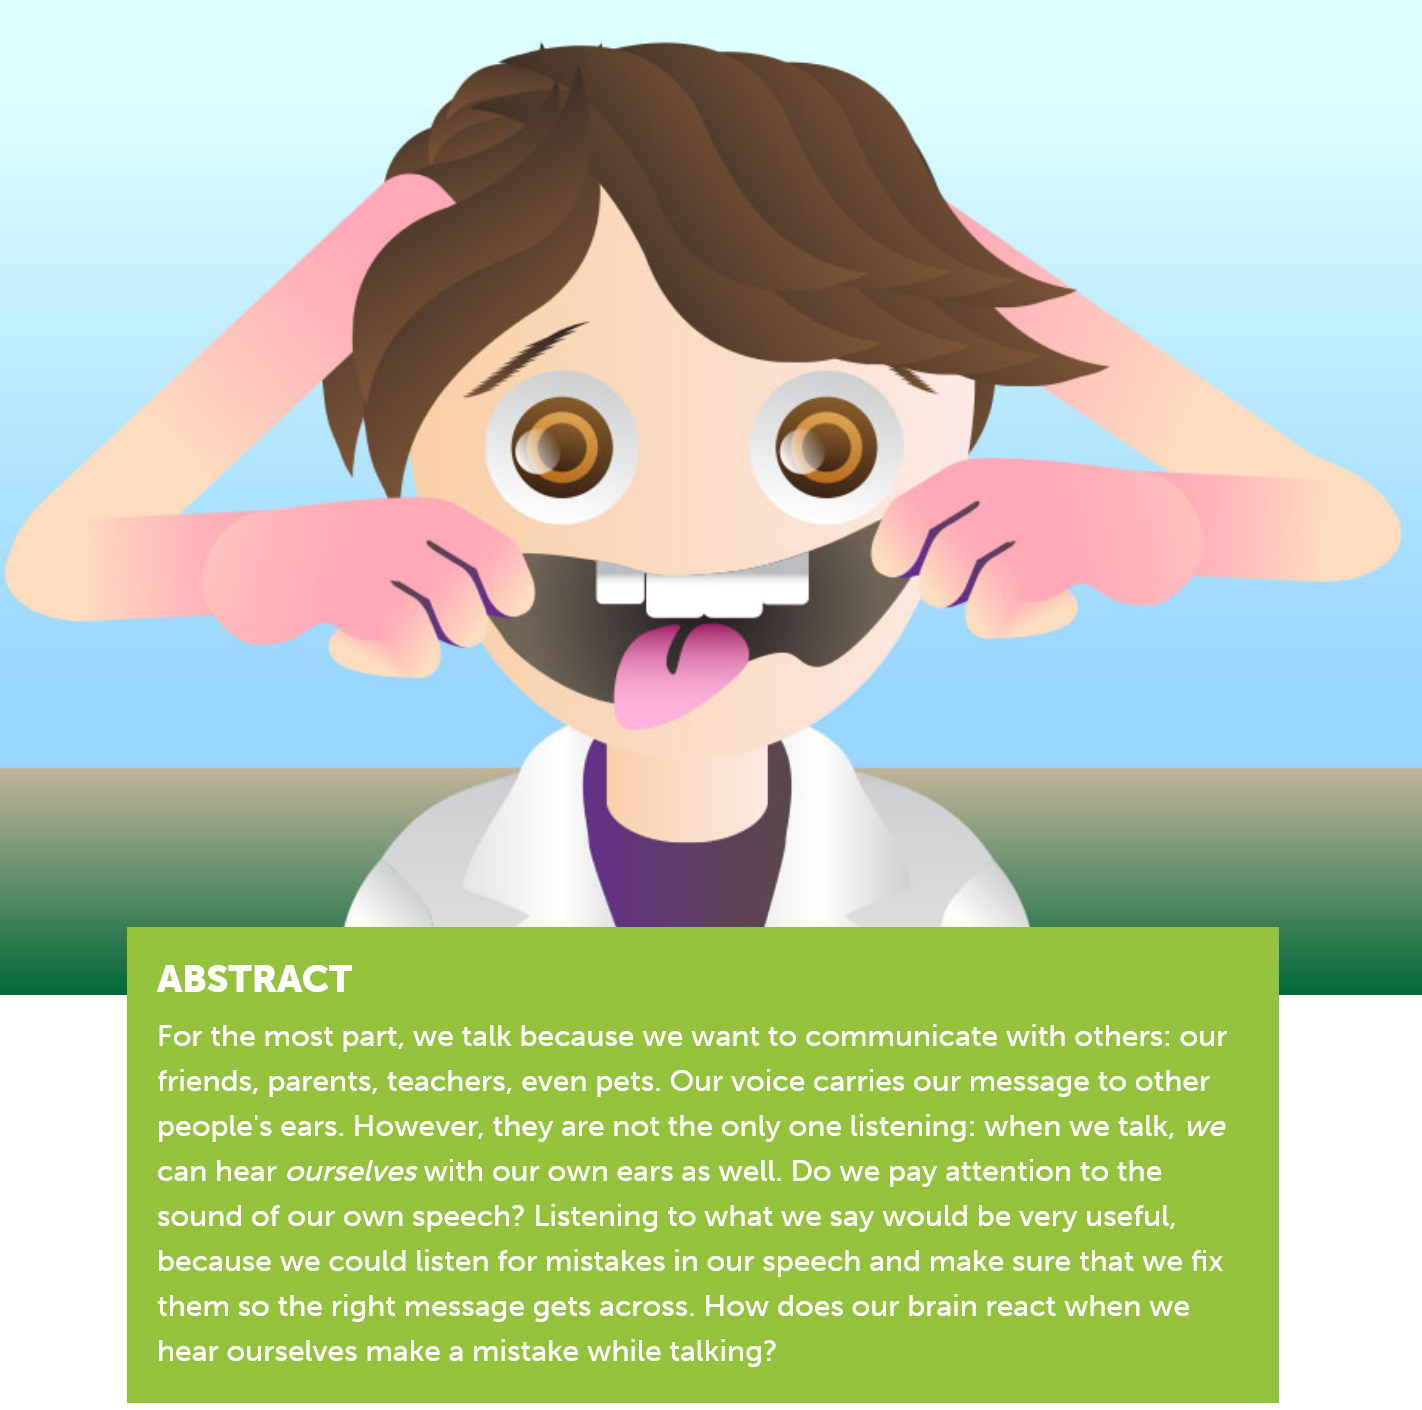
ABSTRACT
     For the most part, we talk because we want to communicate with others: our
     friends, parents, teachers, even pets. Our voice carries our message to other
     people's ears. However, they are not the only one listening: when we talk, we
     can hear ourselves with our own ears as well. Do we pay attention to the
     sound of our own speech? Listening to what we say would be very useful,
     because we could listen for mistakes in our speech and make sure that we fix
     them so the right message gets across. How does our brain react when we
     hear ourselves make a mistake while talking?